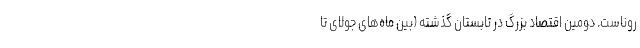
روناست. دومین اقتصاد بزرگ در تابستان گذشته (بین ماه‌های جولای تا